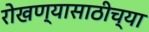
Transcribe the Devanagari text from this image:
रोखण्यासाठीच्या